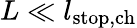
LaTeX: L\ll l_{\mathrm{stop,ch}}